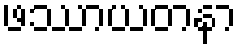
ဖဿာယတနာ